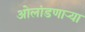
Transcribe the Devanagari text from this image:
ओलांडणाऱ्या